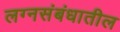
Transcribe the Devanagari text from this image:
लग्नसंबंधातील